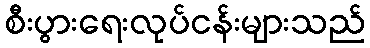
စီးပွားရေးလုပ်ငန်းများသည်